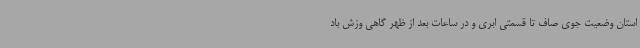
استان وضعیت جوی صاف تا قسمتی ابری و در ساعات بعد از ظهر گاهی وزش باد